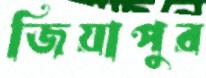
জিয়াপুর